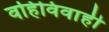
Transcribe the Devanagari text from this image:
वहिविवाही